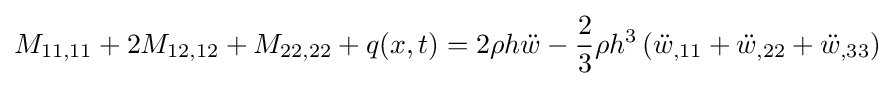
M_{11,11}+2M_{12,12}+M_{22,22}+q(x,t)=2\rho h{\ddot {w}}-{\frac {2}{3}}\rho h^{3}\left({\ddot {w}}_{,11}+{\ddot {w}}_{,22}+{\ddot {w}}_{,33}\right)